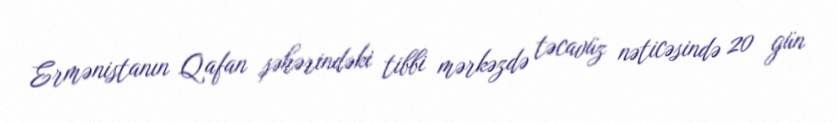
Ermənistanın Qafan şəhərindəki tibbi mərkəzdə təcavüz nəticəsində 20 gün